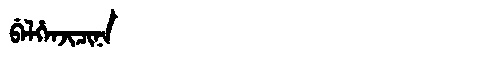
Manchu: ᠪᡝᠯᡥᡝᠨᠵᡳᠴᡳᠨᠠ
Romanization: BELHENJICINA